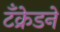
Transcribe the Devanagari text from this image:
टँक्रेडने